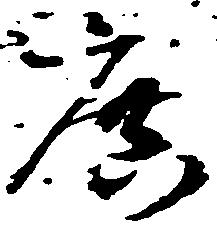
庶